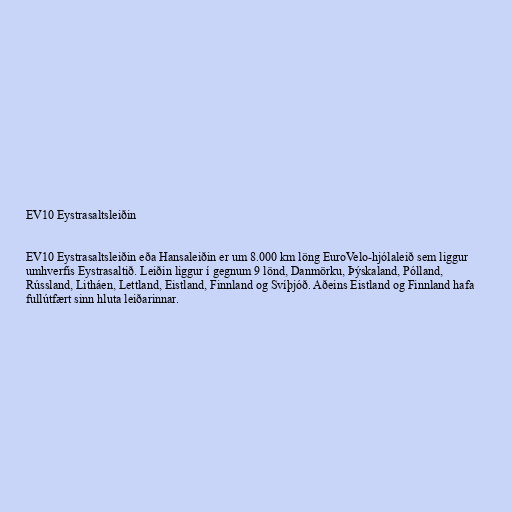
EV10 Eystrasaltsleiðin

EV10 Eystrasaltsleiðin eða Hansaleiðin er um 8.000 km löng EuroVelo-hjólaleið sem liggur
umhverfis Eystrasaltið. Leiðin liggur í gegnum 9 lönd, Danmörku, Þýskaland, Pólland,
Rússland, Litháen, Lettland, Eistland, Finnland og Svíþjóð. Aðeins Eistland og Finnland hafa
fullútfært sinn hluta leiðarinnar.